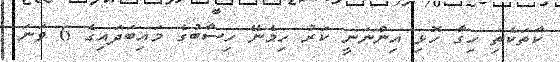
ކާތަކެތި ހިގާ ހޮޅި އިންނަނީ ކަރު ހިމެނޭ ހިސާބުގެ މައިބަދައިގެ 6 ވަނަ